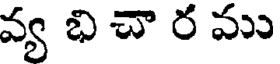
వ్య భి చా ర ము